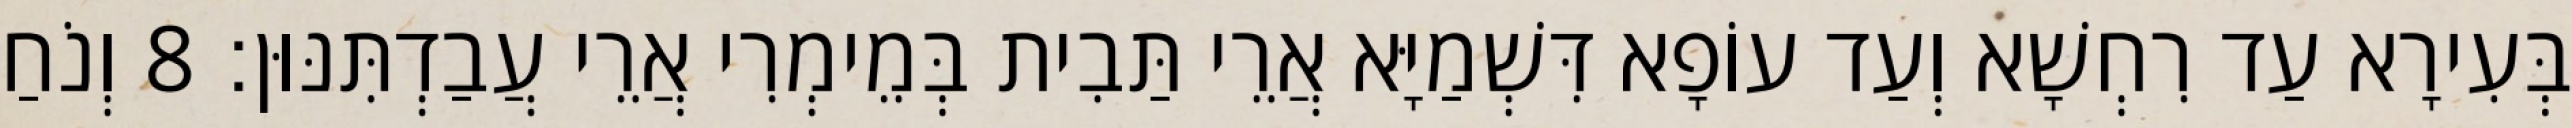
בְּעִירָא עַד רִחְשָׁא וְעַד עוֹפָא דִּשְׁמַיָּא אֲרֵי תַּבִית בְּמֵימְרִי אֲרֵי עֲבַדְתִּנּוּן׃ 8 וְנֹחַ